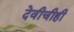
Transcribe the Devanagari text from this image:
देवीचीही